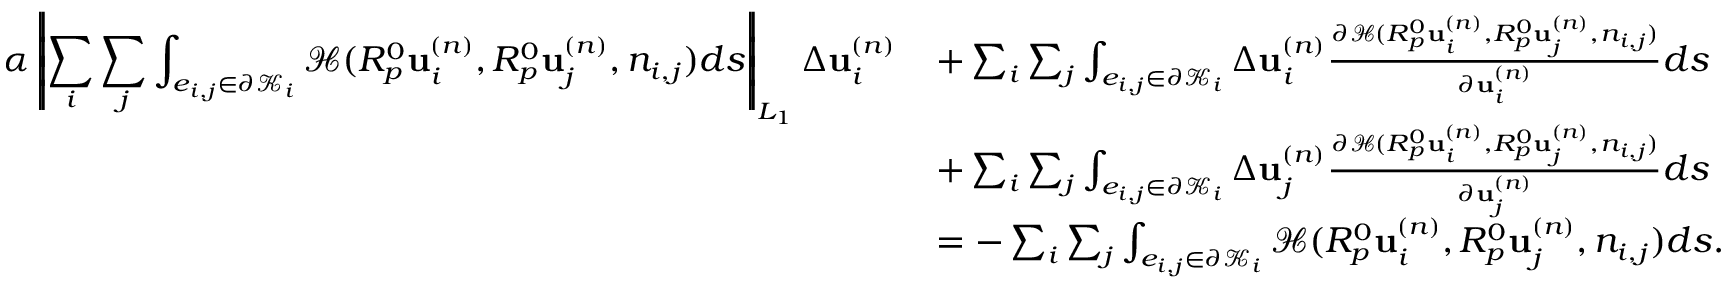
\small \begin{array} { r l } { \displaystyle \alpha \left| \! \left| \sum _ { i } \sum _ { j } \int _ { e _ { i , j } \in \partial \mathcal { K } _ { i } } \mathcal { H } ( R _ { p } ^ { 0 } \mathbf { u } _ { i } ^ { ( n ) } , R _ { p } ^ { 0 } \mathbf { u } _ { j } ^ { ( n ) } , n _ { i , j } ) d s \right| \! \right| _ { L _ { 1 } } \Delta \mathbf { u } _ { i } ^ { ( n ) } } & { + \sum _ { i } \sum _ { j } \int _ { e _ { i , j } \in \partial \mathcal { K } _ { i } } \Delta \mathbf { u } _ { i } ^ { ( n ) } \frac { \partial \mathcal { H } ( R _ { p } ^ { 0 } \mathbf { u } _ { i } ^ { ( n ) } , R _ { p } ^ { 0 } \mathbf { u } _ { j } ^ { ( n ) } , n _ { i , j } ) } { \partial \mathbf { u } _ { i } ^ { ( n ) } } d s } \\ & { + \sum _ { i } \sum _ { j } \int _ { e _ { i , j } \in \partial \mathcal { K } _ { i } } \Delta \mathbf { u } _ { j } ^ { ( n ) } \frac { \partial \mathcal { H } ( R _ { p } ^ { 0 } \mathbf { u } _ { i } ^ { ( n ) } , R _ { p } ^ { 0 } \mathbf { u } _ { j } ^ { ( n ) } , n _ { i , j } ) } { \partial \mathbf { u } _ { j } ^ { ( n ) } } d s } \\ & { = - \sum _ { i } \sum _ { j } \int _ { e _ { i , j } \in \partial \mathcal { K } _ { i } } \mathcal { H } ( R _ { p } ^ { 0 } \mathbf { u } _ { i } ^ { ( n ) } , R _ { p } ^ { 0 } \mathbf { u } _ { j } ^ { ( n ) } , n _ { i , j } ) d s . } \end{array}